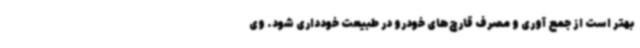
بهتر است از جمع آوری و مصرف قارچ‌های خودرو در طبیعت خودداری شود. وی